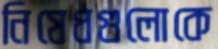
নিষেধগুলোকে